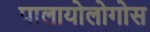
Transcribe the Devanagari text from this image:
पालायोलोगोस